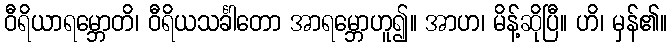
ဝီရိယာရမ္ဘောတိ၊ ဝီရိယသင်္ခါတော အာရမ္ဘောဟူ၍။ အာဟ၊ မိန့်ဆိုပြီ။ ဟိ၊ မှန်၏။